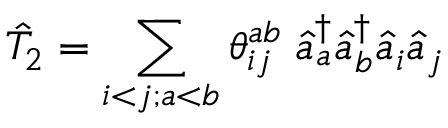
\hat { T } _ { 2 } = \sum _ { i < j ; a < b } \theta _ { i j } ^ { a b } \; \hat { a } _ { a } ^ { \dagger } \hat { a } _ { b } ^ { \dagger } \hat { a } _ { i } \hat { a } _ { j }